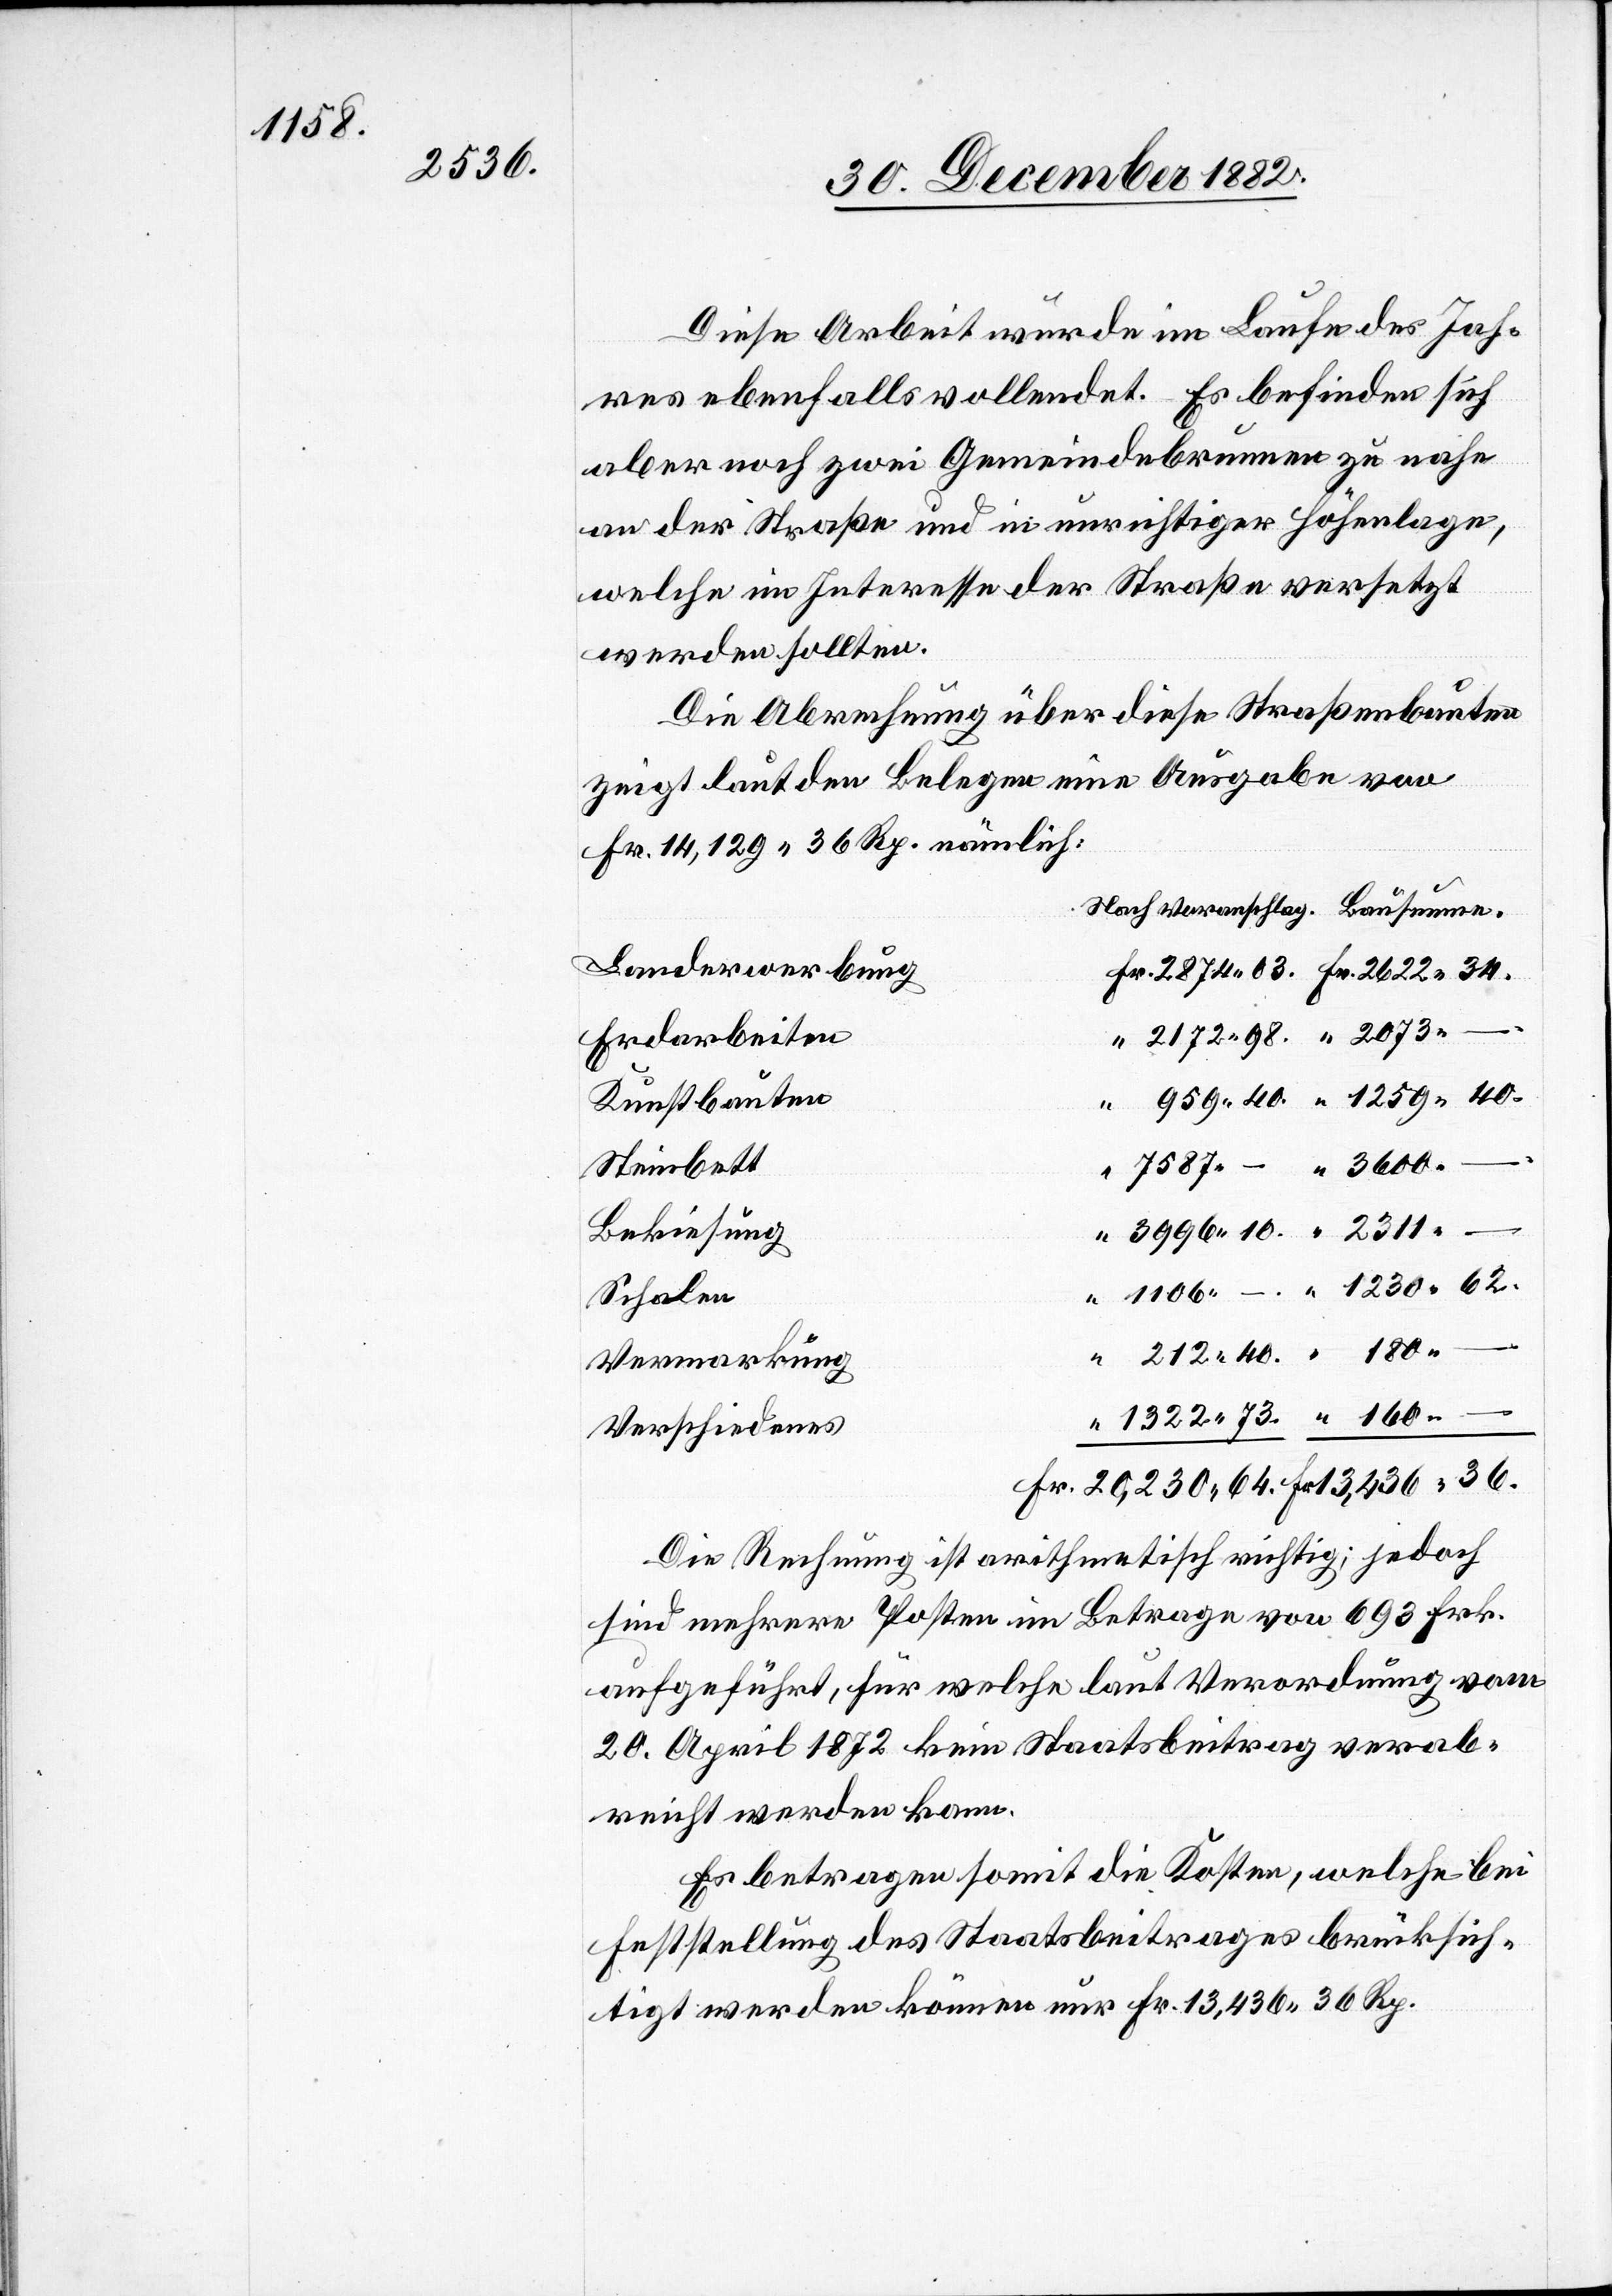
1322

Diese Arbeit wurde im Laufe des Jah¬
res ebenfalls vollendet. Es befinden sich
aber noch zwei Gemeindebrunnen zu nahe
an der Straße und in unrichtiger Höhenlage,
Bausu¬
welche im Interesse der Straße versetzt
werden sollten.
36.
Die Abrechnung über diese Straßenbaute
zeigt laut den Belegen eine Ausgabe von
Fr. 14,129 36 Rp. nämlich:
Landerwerbung
Erdarbeiten
Kunstbauten
Steinbett
–
Bekiesung
Schalen
“
Vermarkung
40.
Verschiedenes
Die Rechnung ist arithmetisch richtig; jedoch
sind mehrere Posten im Betrage von 693 Frk.
aufgeführt, für welche laut Verordnung vom
20. April 1872 kein Staatsbeitrag verab¬
reicht werden kann.
Es betragen somit die Kosten, welche bei
Feststellung des Staatsbeitrages berücksich¬
tigt werden können nur Fr. 13,436 36 Rp.